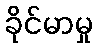
ခိုင်မာမှု